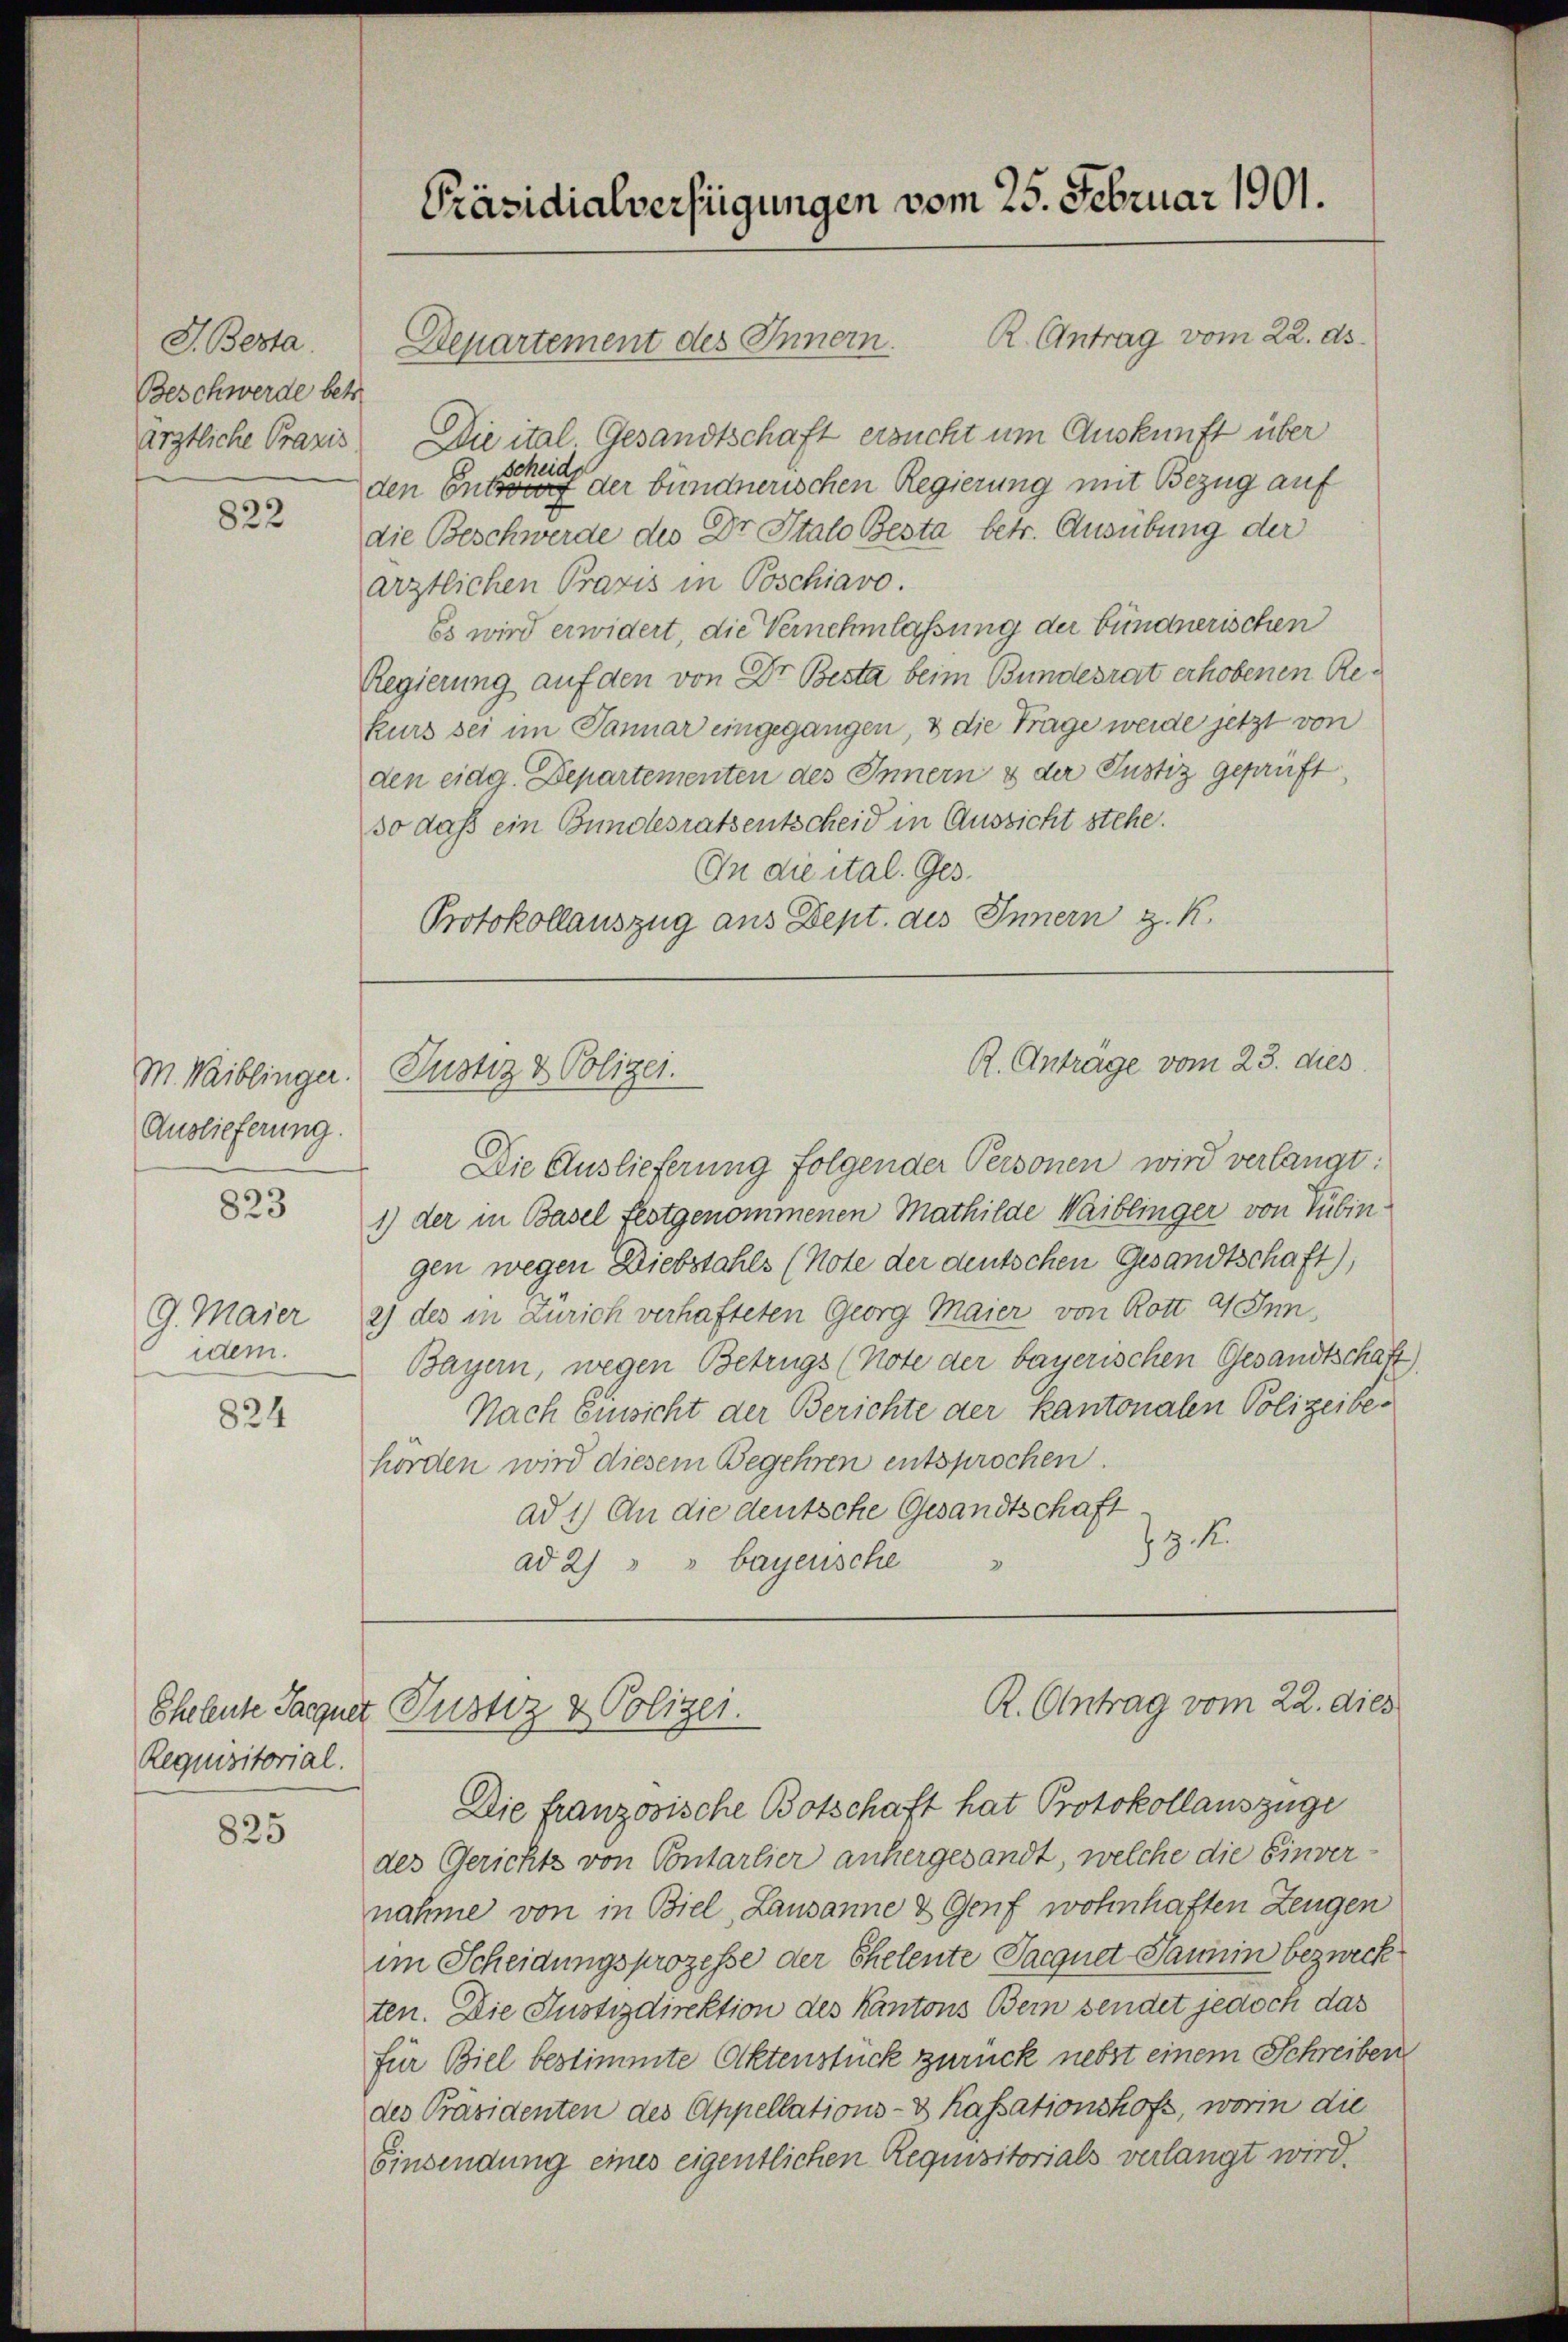
J. Besta
Beschwerde betr.
ärztliche Praxis

822

M. Waiblinger.
Auslieferung

823

G. Maier
idem.

824

Requisitorial.

825

R. Antrag vom 22. ds.
Departement des Innern.
Die ital. Gesandtschaft ersucht um Auskunft über
scheide
den Entwurf der bündnerischen Regierung mit Bezug auf
die Beschwerde des Dr. Stato Besta betr. Ausübung der
ärztlichen Praxis in Poschiavo.
Es wird erwidert, die Vernehmlassung der bündnerischen
Regierung auf den von Dr Besta beim Bundesrat erhobenen Rekurs sei im Januar eingegangen, & die Trage werde jetzt von
den eidg. Departementen des Innern & der Justiz geprüft
so daß ein Bundesratsentscheid in Aussicht stehe.
In die ital. Ges.
Protokollauszug aus Dept. des Innern z. K.

Die Auslieferung folgender Personen wird verlangt:
1) der in Basel festgenommenen Mathilde Waiblinger von Tübin
gen wegen Diebstahls (Note der deutschen Gesandtschaft),
2) des in Zürich verhafteten Georg Maier von Rott 11 Inn,
Bayern, wegen Betrugs (Note der bayerischen Gesandtschaft)
Nach Einsicht der Berichte der kantonalen Polizeibehorden wird diesem Begehren entsprochen.
ad 1.) An die deutsche Gesandtschaft
79. K.
ad 2) " " bayerische

Präsidialverfügungen vom 25. Februar 1901.

Justiz & Polizei.

R. Antrage vom 23. dies

Die französische Botschaft hat Protokollauszüge
des Gerichts von Contarlier anhergesandt, welche die Einvernahme von in Biel, Lausanne & Genf wohnhaften Zeugen
im Scheidungsprozesse der Ehelente Pacgnet Jannin bezweck
ten. Die Justizdirektion des Kantons Bern sendet jedoch das
für Biel bestimmte Aktenstück zurück nebst einem Schreiben
des Präsidenten des Appellations-S Kassationshof, worin die
Einsendung eines eigentlichen Requisitorials verlangt wird.

R. Antrag vom 22. dies
Eheleute Sargnet Pustiz & Polizei.